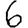
Digit: 6